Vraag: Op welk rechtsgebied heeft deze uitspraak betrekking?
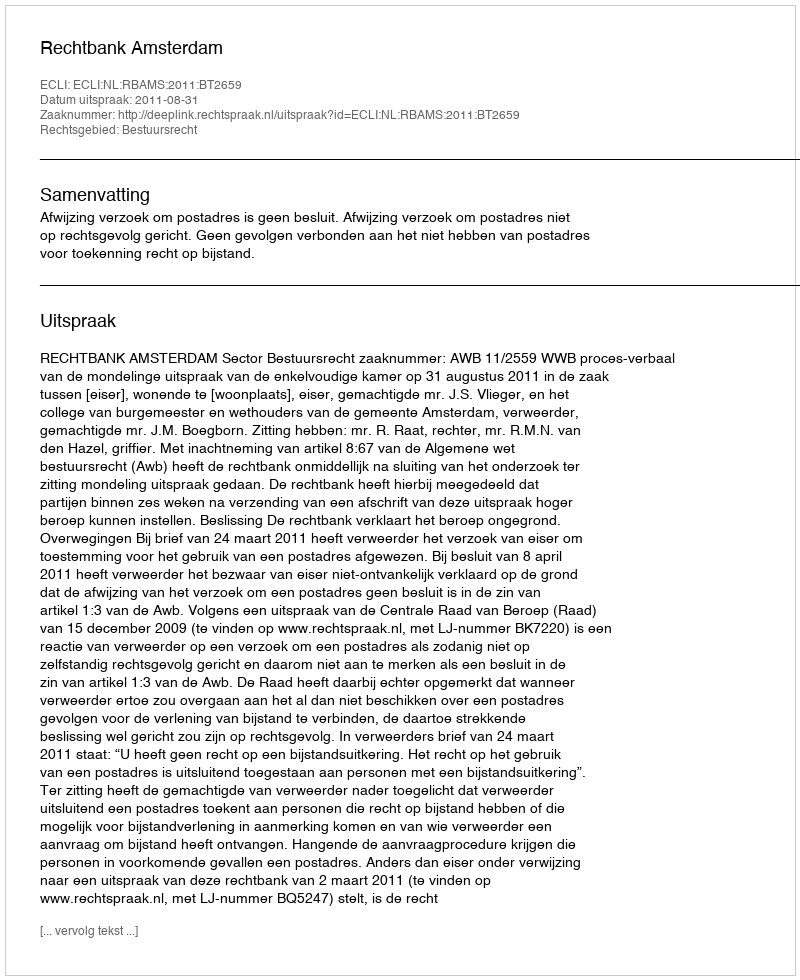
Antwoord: Bestuursrecht